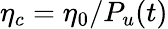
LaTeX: \eta_{c}=\eta_{0}/P_{u}(t)